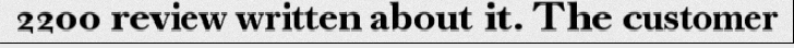
2200 review written about it. The customer